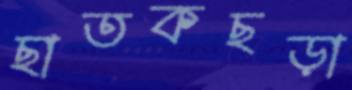
ছাতকছড়া